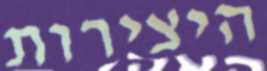
היצירות